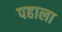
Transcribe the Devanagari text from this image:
पहाला